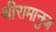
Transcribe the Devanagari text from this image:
श्रीरामानुज